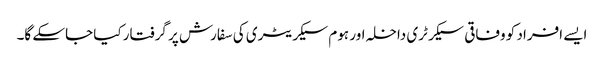
ایسے افراد کو وفاقی سیکرٹری داخلہ اور ہوم سیکریٹری کی سفارش پر گرفتار کیا جاسکے گا۔